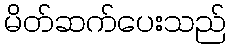
မိတ်ဆက်ပေးသည်